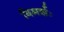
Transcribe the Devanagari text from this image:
विमर्शः